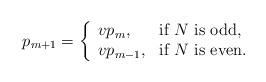
\begin{align*}p_{m+1} &= \left\{ \begin{array}{ll} v p_{m},& \mbox{if $N$ is odd},\\ v p_{m-1},& \mbox{if $N$ is even}.\end{array}\right.\end{align*}